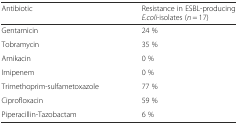
| Antibiotic | Resistance in ESBL-producing E.coli-isolates (n = 17) |
 | --- | --- |
 | Gentamicin | 24 % |
 | Tobramycin | 35 % |
 | Amikacin | 0 % |
 | Imipenem | 0 % |
 | Trimethoprim-sulfametoxazole | 77 % |
 | Ciprofloxacin | 59 % |
 | Piperacillin-Tazobactam | 6 % |